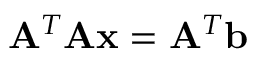
\mathbf { A } ^ { T } \mathbf { A x } = \mathbf { A } ^ { T } \mathbf { b }